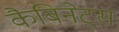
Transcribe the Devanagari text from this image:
कैबिनेट्स